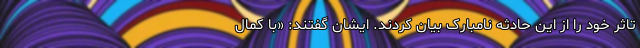
تاثر خود را از این حادثه نامبارک بیان کردند. ایشان گفتند: «با کمال